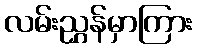
လမ်းညွှန်မှာကြား